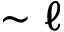
\sim \ell